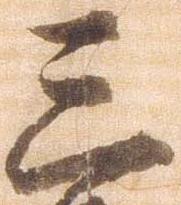
三